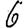
Digit: 6